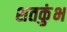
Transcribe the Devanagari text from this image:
शतकुंभ